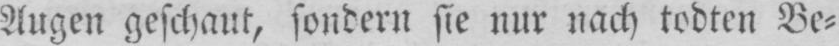
Augen geschaut, sondern sie nur nach todten Be⸗